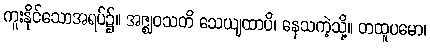
ကူးနိုင်သောအရပ်၌။ အဇ္ဈဝသတိ သေယျထာပိ၊ နေသကဲ့သို့။ တထူပမော၊